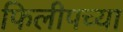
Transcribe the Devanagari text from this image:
फिलीपच्या